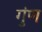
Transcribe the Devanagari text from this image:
गुंण